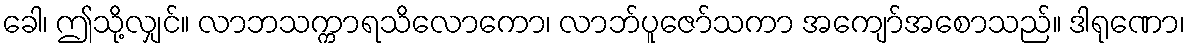
ခေါ၊ ဤသို့လျှင်။ လာဘသက္ကာရသိလောကော၊ လာဘ်ပူဇော်သကာ အကျော်အစောသည်။ ဒါရုဏော၊